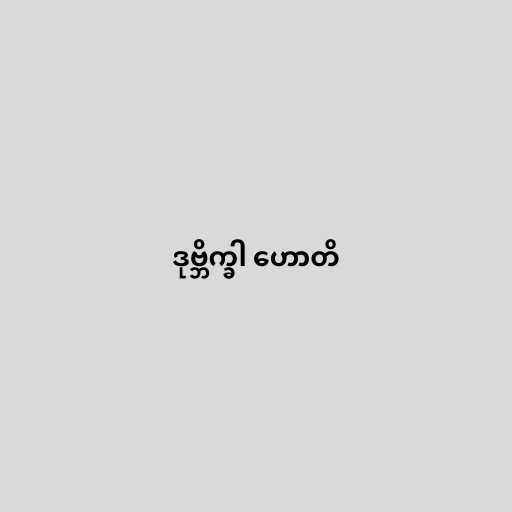
ဒုဗ္ဘိက္ခါ ဟောတိ